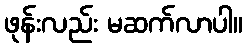
ဖုန်းလည်း မဆက်လာပါ။